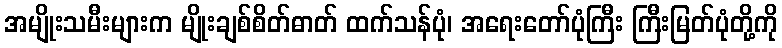
အမျိုးသမီးများက မျိုးချစ်စိတ်ဓာတ် ထက်သန်ပုံ၊ အရေးတော်ပုံကြီး ကြီးမြတ်ပုံတို့ကို